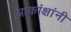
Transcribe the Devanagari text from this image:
आकांक्षांनी